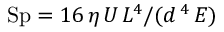
\mathrm { S p } = { 1 6 \, \eta \, U \, L ^ { 4 } } / ( d \, ^ { 4 } \, E )